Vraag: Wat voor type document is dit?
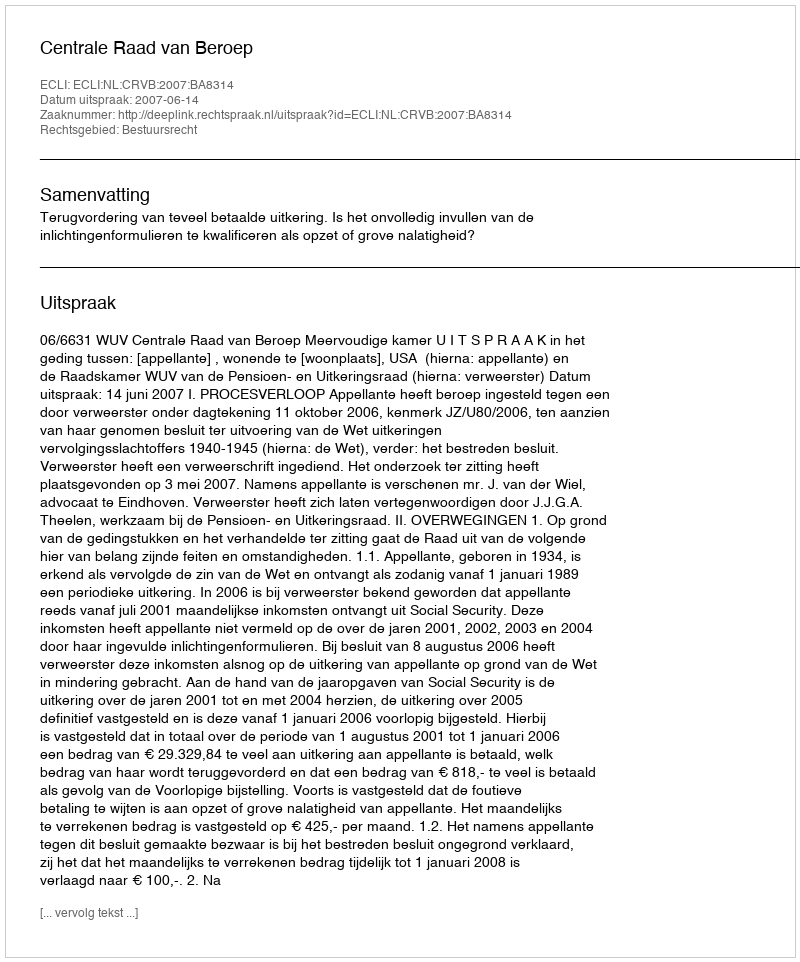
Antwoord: Uitspraak